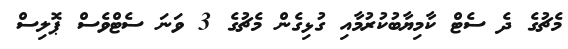
މެޗުގެ ދެ ސެޓް ކާމިޔާބުކުރުމާއި ގުޅިގެން މެޗުގެ 3 ވަނަ ސެޓްވެސް ޕޮލިސް